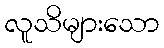
လူသိများသော